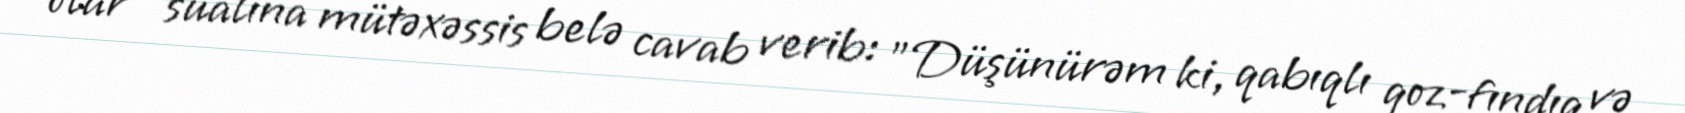
olar” sualına mütəxəssis belə cavab verib: "Düşünürəm ki, qabıqlı qoz-fındıq və